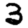
Digit: 3